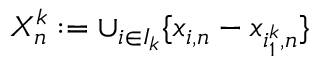
X _ { n } ^ { k } : = \cup _ { i \in I _ { k } } \{ x _ { i , n } - x _ { i _ { 1 } ^ { k } , n } \}